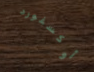
أوكسفورد